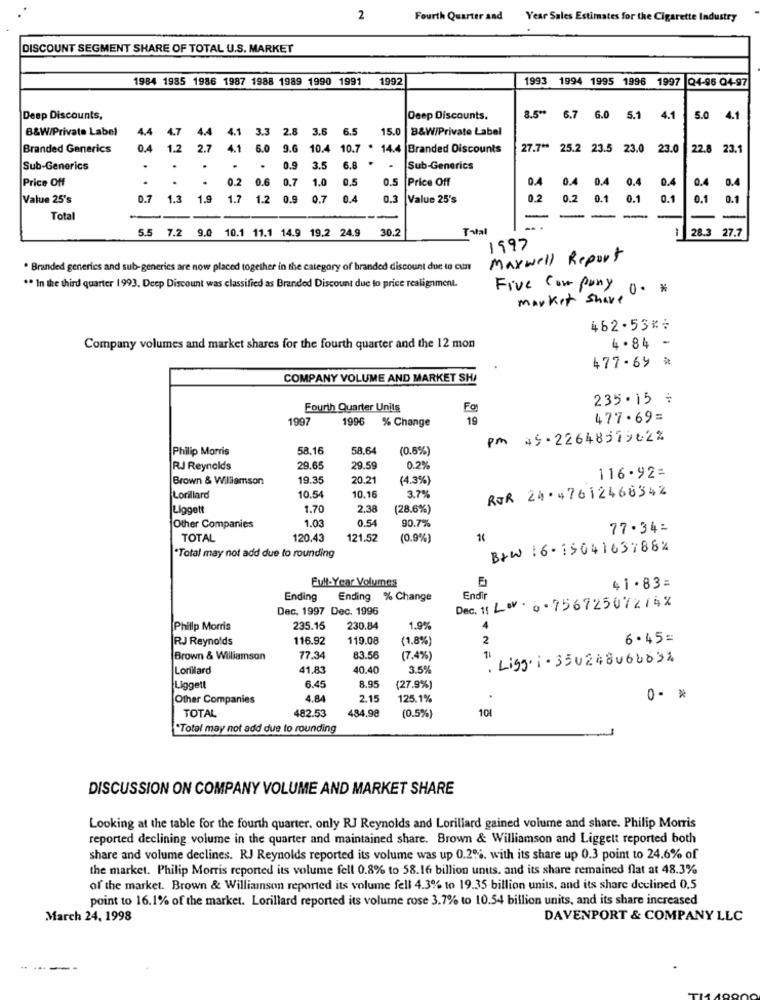
2
Fourth Quarter and Year Sales Estimates for the Cigarette Industry
DISCOUNT SEGMENT SHARE OF TOTAL U.S. MARKET
1984 1985 1986 1987 1988 1989 1990 1991
1992
1993 1994 1995 1996 1997 Q4-96 Q4-97
Deep Discounts,
Deep Discounts.
8.5" 6.7 6.0 5.1 4.1
5.0
4.1
B&W/Private Label
4.4
4.7
4.4
4.1
3.3 2.8 3.6 6.5 15.0
B&W/Private Label
Branded Generics
1.2
2.7 4.1
4.1.
6.0
9.6 10.4 10.7 . 14.4 Branded Discounts
27.7 ** 25.2 23.5 23.0 2
22.8 23.1
Sub-Generics
.
.
.
.
.
0.9
3.5
6.8
.
Sub-Generics
Price Off
.
0.2
0.6
0.7
1.0
0.5
0.5
Price Off
0.4
0.4
Value 25's
0.7
1.3
1.9
1.7 1.2 0.9
0.7
0.4
0.3
Value 25's
02
0.2
0.1
0.1
0.1
0.1
0.1
Total
30.2
Total
28.3
27.7
5.5 7.2 9.0 10.1 11.1 14.9 19.2 24.9
1997
Maxwell Report
Branded generics and sub-generics are now placed together in the category of branded discount due to cun
** In the third quarter 1993. Deep Discount was classified as Branded Discount due to price realignment.
Five company
market share
462.53%;
Company volumes and market shares for the fourth quarter and the 12 mon
4. 84 -
477.69 %
COMPANY VOLUME AND MARKET SH/
235.15 :
Fourth Quarter Units
Fo
1997
1996
% Change
19
477.69=
Pm 45-2264857962%
Philip Morris
58.16
58.64
(0.5%)
RJ Reynolds
29.65
29.59
Brown & Williamson
19.35
20.21
(4.3%)
116.92=
10.5
3.7%
ROR 24· 47612468342
Lorillard
10.16
Liggett
1.70
2.38
(28.6%)
1.03
0.54
90.7%
Other Companies
77.34:
TOTAL
120.43
121.52
(0.9%)
B+W 16-1564163788%
"Total may not add due to rounding
Evil-Year Volumes
41. 83=
Ending
Ending % Change
Endir
Dec. 1997 Dec. 1996
Dec. 11 Lov. 0.75672507274%
Philip Morris
235.15
230.84
1.9%
RJ Reynolds
116.92
119.08
(1.8%
42
6.45=
Brown & Williamson
77.34
83.56
(7.4%)
11
. Ligg. i . 350248060031
Lorillard
41.83
40.40
3.5%
8.95
Liggett
6.45
(27.9%)
Other Companies
4.84
2.15
125.1%
0 - *
482.53
484,98
101
TOTAL
(0.5%)
*Total may not add due to rounding
DISCUSSION ON COMPANY VOLUME AND MARKET SHARE
Looking at the table for the fourth quarter. only RJ Reynolds and Lorillard gained volume and share. Philip Morris
reported declining volume in the quarter and maintained share. Brown & Williamson and Liggett reported both
share and volume declines. RJ Reynolds reported its volume was up 0.2%. with its share up 0.3 point to 24.6% of
the market. Philip Morris reported its volume fell 0.8% to 58.16 billion units. and its share remained flat at 48.3%
of the market. Brown & Williamson reported its volume fell 4.3% to 19.35 billion units, and its share declined 0,5
point to 16.1% of the market. Lorillard reported its volume rose 3.7% to 10.54 billion units, and its share increased
March 24, 1998
DAVENPORT & COMPANY LLC
.. ....
--